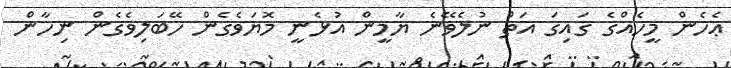
ޢެހެން މީހެއްގެ ގައިގަ އަތް ނުލެވޭނެ ޔާމީން އުޅެނީ މޮޔަވެގެން ހޭބަލިވެގެން ނިހާން